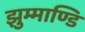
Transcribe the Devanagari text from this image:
झुम्माण्डि